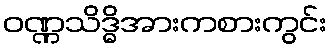
ဝဏ္ဏသိဒ္ဓိအားကစားကွင်း